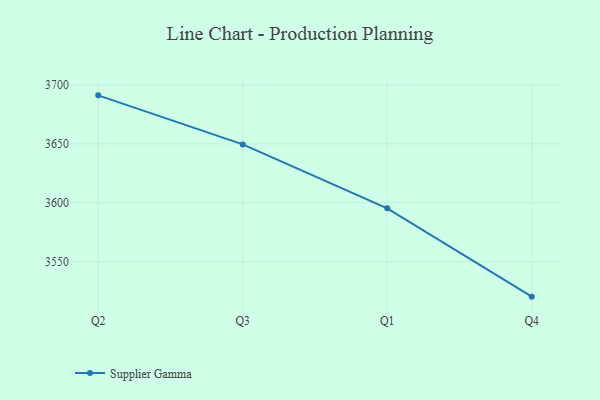
{"axis": {"x": "Quarter", "y": "Latency (ms)"}, "legend": ["Supplier Gamma"], "data": [{"x": "Q2", "y": 3691.3, "type": "Supplier Gamma"}, {"x": "Q3", "y": 3649.6, "type": "Supplier Gamma"}, {"x": "Q1", "y": 3595.2, "type": "Supplier Gamma"}, {"x": "Q4", "y": 3520.1, "type": "Supplier Gamma"}]}